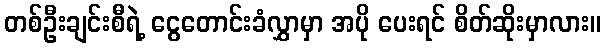
တစ်ဦးချင်းစီရဲ့ ငွေတောင်းခံလွှာမှာ အပို ပေးရင် စိတ်ဆိုးမှာလား။